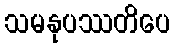
သမနုပဿတိပေ